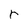
Character: r